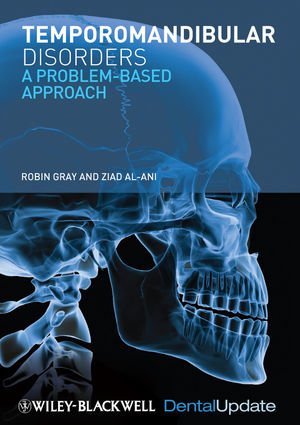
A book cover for Temporomandibular Disorders: A Problem-Based Approach; Robin Gray; Medical Books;